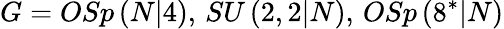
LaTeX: G=OSp\left(N|4\right),\, SU\left(2,2|N\right),\, OSp\left(8^{\ast}|N\right)